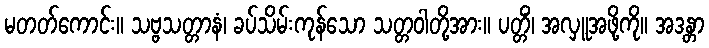
မတတ်ကောင်း။ သဗ္ဗသတ္တာနံ၊ ခပ်သိမ်းကုန်သော သတ္တဝါတို့အား။ ပတ္တိံ၊ အလှူအဖို့ကို။ အဒန္တာ